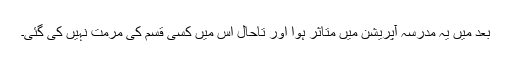
بعد میں یہ مدرسہ آپریشن میں متاثر ہوا اور تاحال اس میں کسی قسم کی مرمت نہیں کی گئی۔